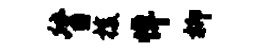
督梭悼柳